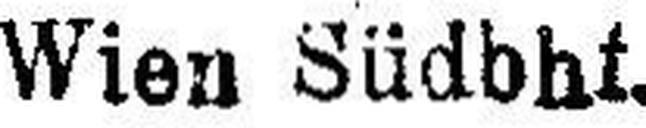
Wien Südbhf.